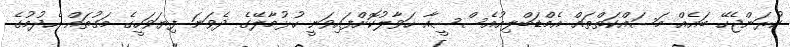
ކުރަންޖެހޭ ބައެއް މަސައްކަތްތައް އެމްޑަބްލިއުއެސްސީއާ ހަވާލުކޮށްފައިވަނީ ހުޅުމާލޭގެ ދެވަނަ ފިޔަވަހީގެ މަގުތައް ހެދުމުގެ